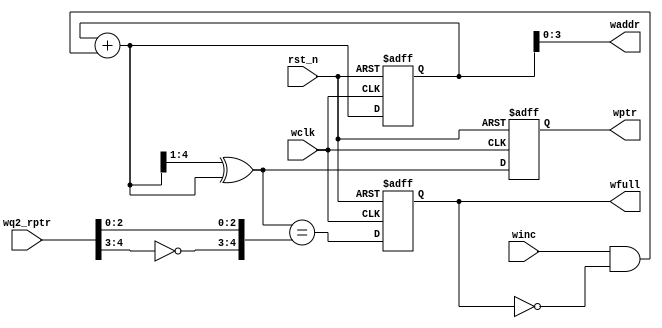
module wptr_full #(parameter ASIZE = 4)(
	//Input Port
	wq2_rptr,
	wclk,
	rst_n,
	winc,

    //Output Port
	wptr,
	waddr,
	wfull
); 
input [ASIZE:0] wq2_rptr;
input wclk, winc, rst_n;

output reg [ASIZE:0] wptr;
output [ASIZE-1:0] waddr;
output reg wfull;
// gray code
reg [ASIZE:0] wbin;
wire [ASIZE:0] wgraynext, wbinnext;

always @(posedge wclk or negedge rst_n)begin
	if(!rst_n)
		{wbin, wptr} <= 0;
	else 
		{wbin, wptr} <= {wbinnext, wgraynext};
end

assign waddr = wbin[ASIZE-1:0];

assign wbinnext = wbin + (winc & ~wfull);
assign wgraynext = (wbinnext>>1) ^ wbinnext;

// full
wire wfull_val;
assign wfull_val = (wgraynext=={~wq2_rptr[ASIZE:ASIZE-1],wq2_rptr[ASIZE-2:0]});

always @(posedge wclk or negedge rst_n)begin
	if(!rst_n)
		wfull <= 1'b0;
	else 
		wfull <= wfull_val;
end



endmodule